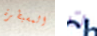
المسيطرة ت